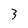
Character: 3